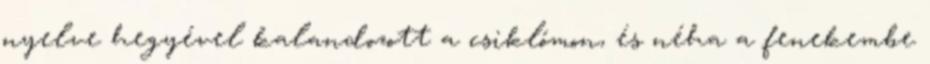
nyelve hegyével kalandozott a csiklómon, és néha a fenekembe